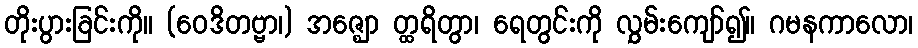
တိုးပွားခြင်းကို။ (ဝေဒိတဗ္ဗာ၊) အဇ္ဈော တ္ထရိတွာ၊ ရေတွင်းကို လွှမ်းကျော်၍။ ဂမနကာလော၊